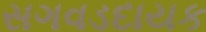
સગવડદાયક